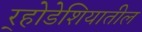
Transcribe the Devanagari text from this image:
र्‍होडेशियातील